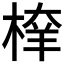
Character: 𣖂